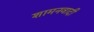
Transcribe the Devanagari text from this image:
शामनवादी